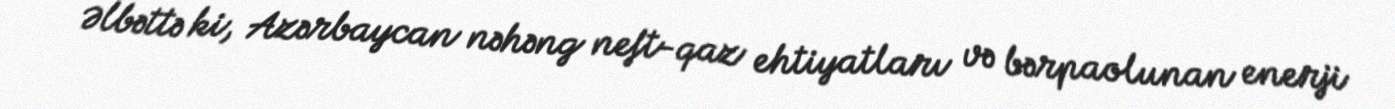
Əlbəttə ki, Azərbaycan nəhəng neft-qaz ehtiyatları və bərpaolunan enerji